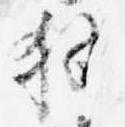
執